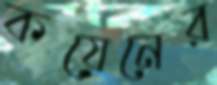
কয়েনের